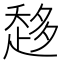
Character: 𧻬